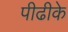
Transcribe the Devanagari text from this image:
पीढीके